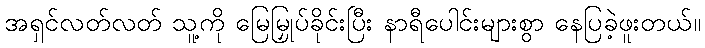
အရှင်လတ်လတ် သူ့ကို မြေမြှုပ်ခိုင်းပြီး နာရီပေါင်းများစွာ နေပြခဲ့ဖူးတယ်။